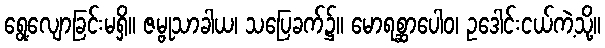
ရွေ့လျောခြင်းမရှိ။ ဇမ္ဗုသာခါယ၊ သပြေခက်၌။ မောရစ္ဆာပေါဝ၊ ဥဒေါင်းငယ်ကဲ့သို့။